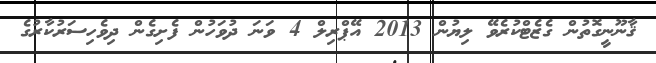
ޤާނޫނީގޮތުން ގެޒެޓްކުރެވޭ ލިޔުން 2013 އޭޕްރިލް 4 ވަނަ ދުވަހުން ފެށިގެން ދިވެހިސަރުކާރުގެ